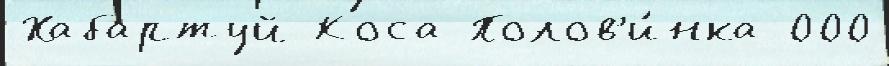
Хабартуй Коса Полов'и́нка 000